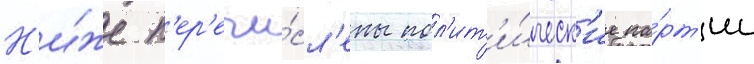
Н'и́же п'ер'ечи́сл'ены пол'ит'и́ческ'ие па́рт'ии